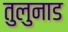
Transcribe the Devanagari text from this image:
तुलुनाड